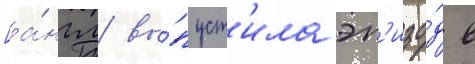
[а́нгл. вы́пуст'ила эп'изо́д в